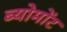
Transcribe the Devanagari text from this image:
ब्योमोंट